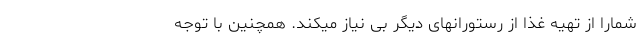
شمارا از تهیه غذا از رستورانهای دیگر بی نیاز میکند. همچنین با توجه